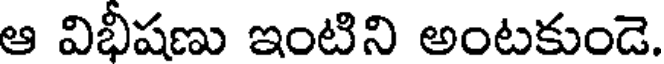
ఆ విభీషణు ఇంటిని అంటకుండె.